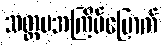
သတ္တမအကြိမ်မြောက်